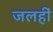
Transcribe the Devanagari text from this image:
जलहीं